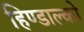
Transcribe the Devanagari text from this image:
हिण्डाल्को